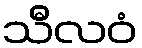
သီလဝံ